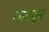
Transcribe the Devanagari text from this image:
माववून